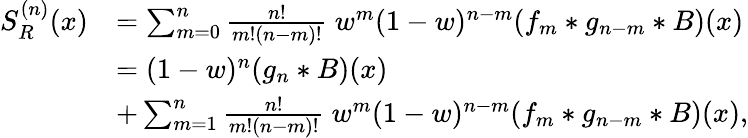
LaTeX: \begin{array}{rl}{S_{R}^{(n)}(x)}&{=\sum_{m=0}^{n}\frac{n!}{m!(n-m)!}\ w^{m}(1-w)^{n-m}(f_{m}*g_{n-m}*B)(x)}\\ &{=(1-w)^{n}(g_{n}*B)(x)}\\ &{+\sum_{m=1}^{n}\frac{n!}{m!(n-m)!}\ w^{m}(1-w)^{n-m}(f_{m}*g_{n-m}*B)(x),}\end{array}